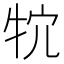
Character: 𤘺